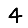
Digit: 4